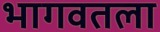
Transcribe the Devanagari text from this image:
भागवतला